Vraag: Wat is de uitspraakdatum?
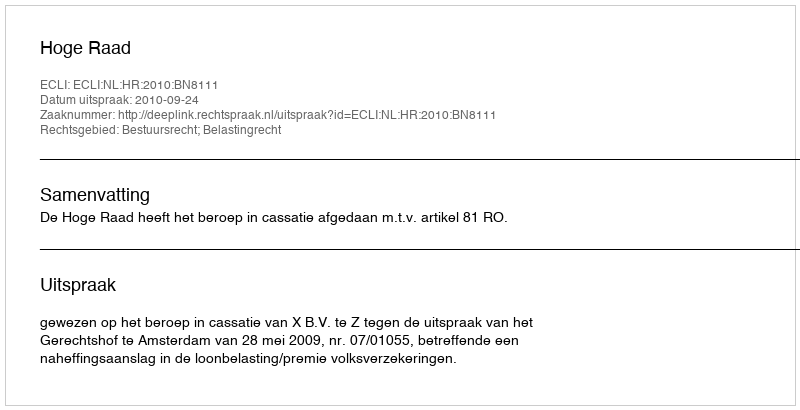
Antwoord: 2010-09-24